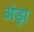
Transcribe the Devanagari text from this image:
अंड्रा